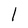
Character: l